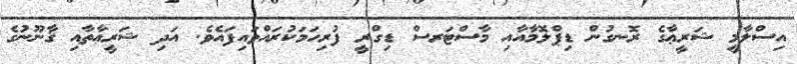
އިސްލާމީ ޝަރީޢާގެ ރޮނގުން ޑިޕްލޮމާއާއި މާސްޓަރސް ޑިގްރީ ފުރިހަމަކުރައްވައިފައެވެ. އަދި ޝަރީޢާތާއި ޤާނޫނުގެ